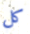
كل